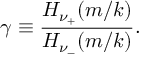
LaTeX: \gamma \equiv { \frac { H _ { \nu _ { + } } ( m / k ) } { H _ { \nu _ { - } } ( m / k ) } } .